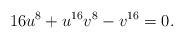
LaTeX: \begin{align*}16 u^8+u^{16}v^8-v^{16}=0.\end{align*}